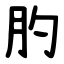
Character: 肑